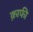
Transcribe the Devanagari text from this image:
क़ाफी